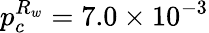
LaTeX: p_{c}^{R_{w}}=7.0\times 10^{-3}